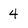
Character: 4